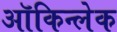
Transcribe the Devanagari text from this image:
ऑकिन्लेक